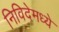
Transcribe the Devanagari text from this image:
निविदेमध्ये